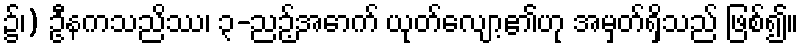
၌၊) ဦနကသညိဿ၊ ၃-ညဉ့်အောက် ယုတ်လျော့၏ဟု အမှတ်ရှိသည် ဖြစ်၍။